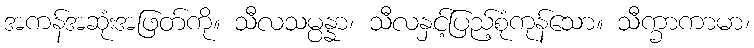
အကန်အဆုံးအဖြတ်ကို။ သီလသမ္ပန္နာ၊ သီလနှင့်ပြည့်စုံကုန်သော။ သီက္ခာကာမာ၊